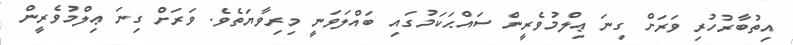
އިތުބާރުހުރި ވަރަށް ގިނަ ޢިލްމުވެރީން ސައްޙަކަމުގައި ބައްލަވަނީ މިރިވާޔަތެވެ. ވަރަށް ގިނަ ޢިލްމުވެރީން